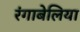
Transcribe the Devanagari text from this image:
रंगाबेलिया